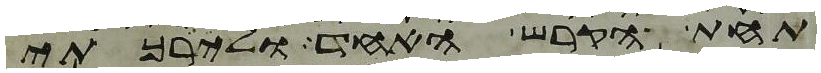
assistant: תחת הקרש האחד ולירכתי